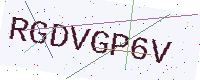
Text: RGDVGP6V